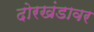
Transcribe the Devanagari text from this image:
दोरखंडावर